Report on the working of the Ranchi Indian Mental Hospital, Kanke, in Bihar and Orissa - 1930-1940
Year: 1930
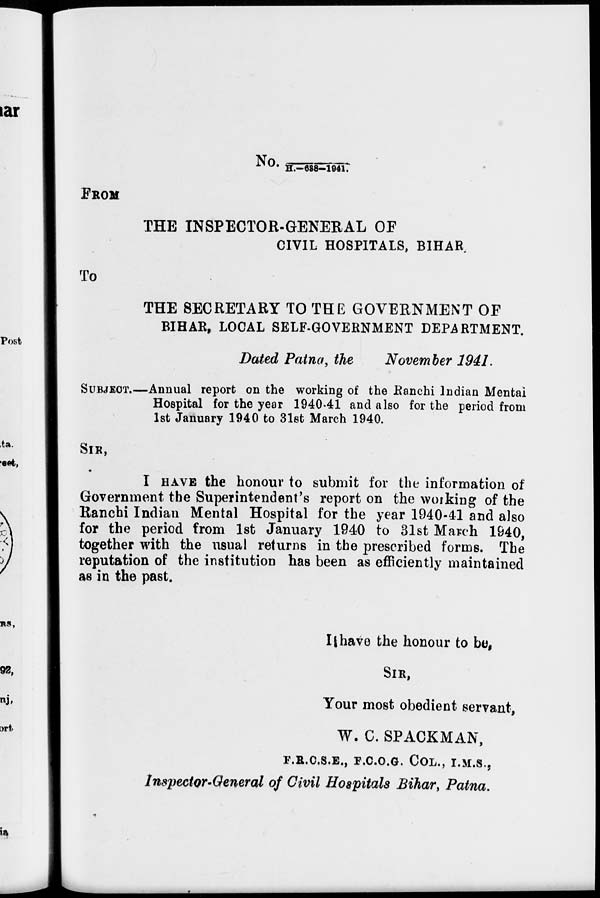
No.H.–638-1941.
FROM
THE INSPECTOR-GENERAL OF
CIVIL HOSPITALS, BIHAR.
To
THE SECRETARY TO THE GOVERNMENT OF
BIHAR, LOCAL SELF-GOVERNMENT DEPARTMENT.
Dated Patna, the
November 1941.
SUBJECT.—Annual report on the working of the Ranchi Indian Mental
Hospital for the year 1940-41 and also for the period from
1st January 1940 to 31st March 1940.
SIR,
I HAVE the honour to submit for the information of
Government the Superintendent's report on the working of the
Ranchi Indian Mental Hospital for the year 1940-41 and also
for the period from 1st January 1940 to 31st March 1940,
together with the usual returns in the prescribed forms. The
reputation of the institution has been as efficiently maintained
as in the past.
I have the honour to be.
SIR,
Your most obedient servant,
W. C. SPACKMAN,
F.R.C.S.E., F.C.O.G. COL., I.M.S.,
Inspector-General of Civil Hospitals Bihar, Patna.